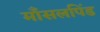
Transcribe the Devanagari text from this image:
माँसलपिंड